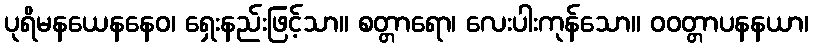
ပုရိမနယေနနေဝ၊ ရှေးနည်းဖြင့်သာ။ စတ္တာရော၊ လေးပါးကုန်သော။ ဝဝတ္တာပနနယာ၊